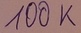
Text: 100K